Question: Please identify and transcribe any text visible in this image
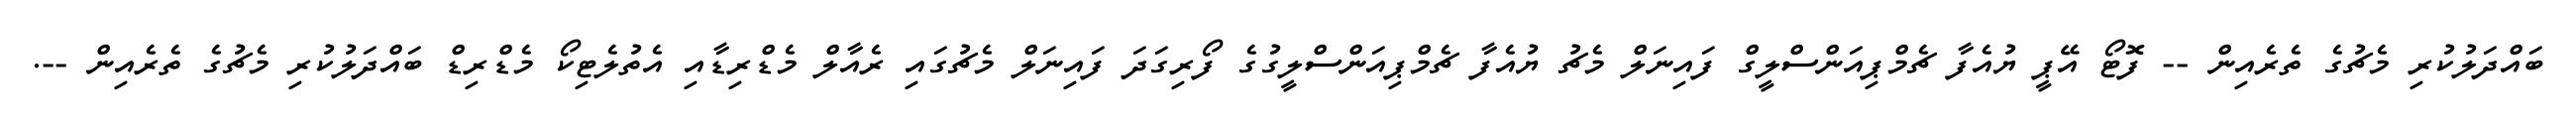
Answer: ބައްދަލުކުރި މެޗުގެ ތެރެއިން -- ފޮޓޯ އޭޕީ ޔުއެފާ ޗެމްޕިއަންސްލީގް ފައިނަލް މެޗު ޔުއެފާ ޗެމްޕިއަންސްލީގުގެ ފޯރިގަދަ ފައިނަލް މެޗުގައި ރެއާލް މެޑްރިޑާއި އެތުލެޓިކޯ މެޑްރިޑް ބައްދަލުކުރި މެޗުގެ ތެރެއިން --.